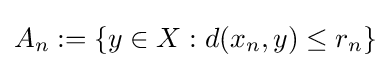
A_{n}:=\{y\in X:d(x_{n},y)\leq r_{n}\}